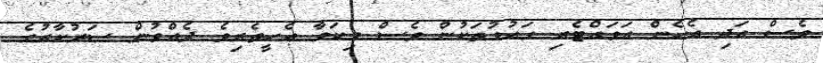
ވެސް އަދި އެހެން އަވައްޓެރި ގައުމުތަކުން ވެސް މިކަމާ އެހީތެރިވެ ދެއްވުން ސަރުކާރުގެ